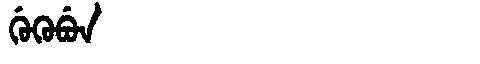
Manchu: ᡤᡠᡴᡠᠪᡠᠨ
Romanization: GUKUBUN